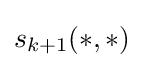
s_{k+1}(*,*)